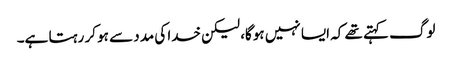
لوگ کہتے تھے کہ ایسا نہیں ہوگا، لیکن خدا کی مدد سے ہو کر رہتا ہے۔